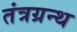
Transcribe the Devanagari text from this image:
तंत्रग्रन्थ